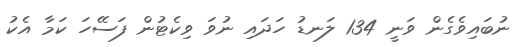
ނުބައިވެގެން ވަނީ 134 ލަނޑު ހަދައި ނުވަ ވިކެޓުން ފަސޭހަ ކަމާ އެކު